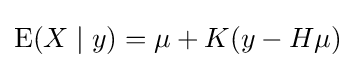
\operatorname {E} (X\mid y)=\mu +K(y-H\mu )